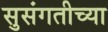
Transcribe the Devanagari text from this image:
सुसंगतीच्या